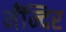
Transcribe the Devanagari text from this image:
मँन्दिर